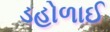
ડહોળાઈ